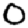
Digit: 0